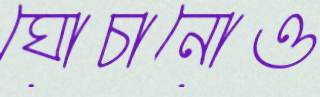
ঘোচানোও